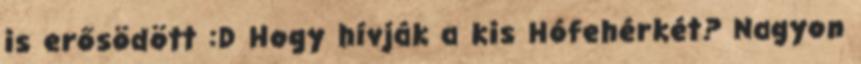
is erősödött :D Hogy hívják a kis Hófehérkét? Nagyon